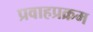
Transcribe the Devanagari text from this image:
प्रवाहप्रक्रम